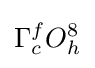
\Gamma _{c}^{f}O_{h}^{8}